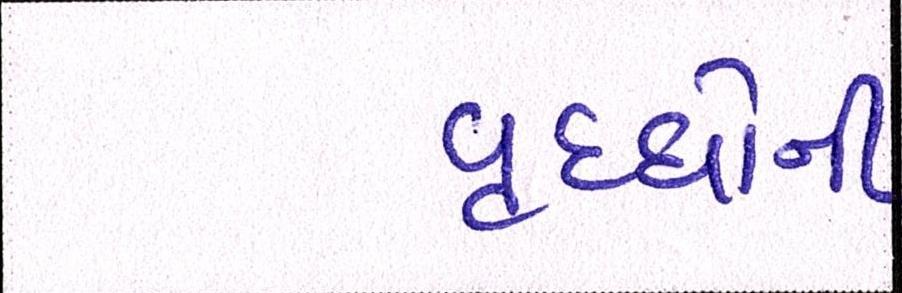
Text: વૃધ્ધોની